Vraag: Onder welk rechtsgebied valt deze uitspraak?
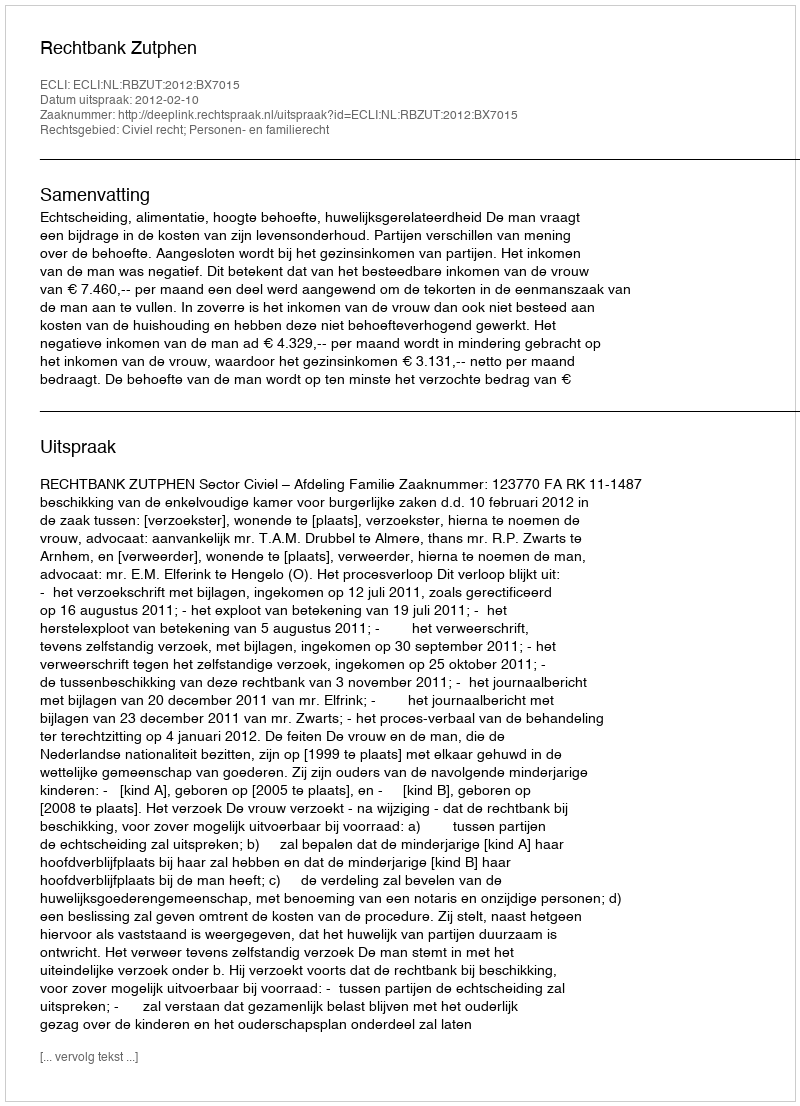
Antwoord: Civiel recht; Personen- en familierecht